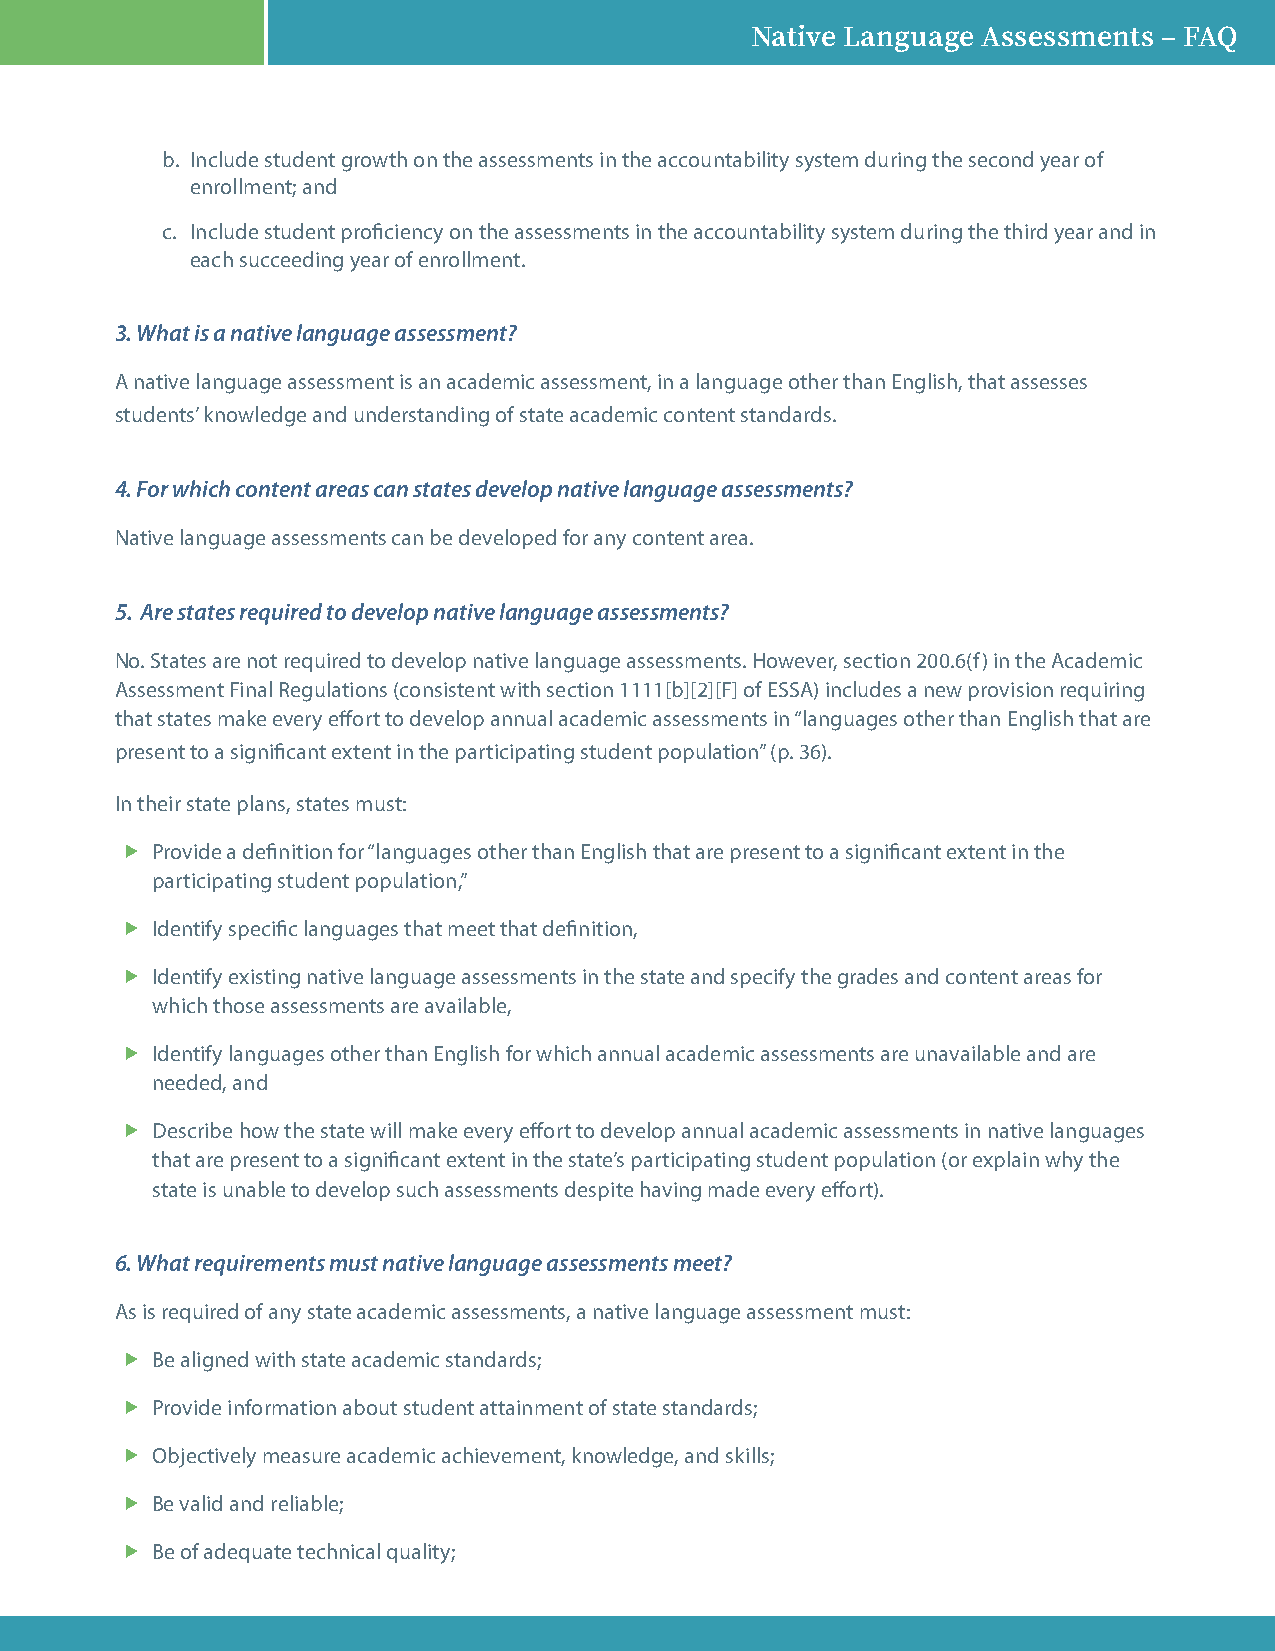
Native Language Assessments – FAQ
 b. Include student growth on the assessments in the accountability system during the second year of
 enrollment; and
 c. Include student proficiency on the assessments in the accountability system during the third year and in
 each succeeding year of enrollment.
 3. What is a native language assessment?
 A native language assessment is an academic assessment, in a language other than English, that assesses
 students’ knowledge and understanding of state academic content standards.
 4. For which content areas can states develop native language assessments?
 Native language assessments can be developed for any content area.
 5. Are states required to develop native language assessments?
 No. States are not required to develop native language assessments. However, section 200.6(f) in the Academic
 Assessment Final Regulations (consistent with section 1111[b][2][F] of ESSA) includes a new provision requiring
 that states make every effort to develop annual academic assessments in “languages other than English that are
 present to a significant extent in the participating student population” (p. 36).
 In their state plans, states must:
  Provide a definition for “languages other than English that are present to a significant extent in the
 participating student population,”
  Identify specific languages that meet that definition,
  Identify existing native language assessments in the state and specify the grades and content areas for
 which those assessments are available,
  Identify languages other than English for which annual academic assessments are unavailable and are
 needed, and
  Describe how the state will make every effort to develop annual academic assessments in native languages
 that are present to a significant extent in the state’s participating student population (or explain why the
 state is unable to develop such assessments despite having made every effort).
 6. What requirements must native language assessments meet?
 As is required of any state academic assessments, a native language assessment must:
  Be aligned with state academic standards;
  Provide information about student attainment of state standards;
  Objectively measure academic achievement, knowledge, and skills;
  Be valid and reliable;
  Be of adequate technical quality;